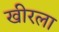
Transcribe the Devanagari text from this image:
खीरला